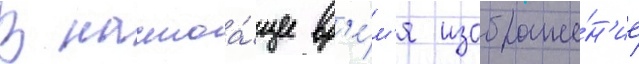
В настоа́щее вр'е́м'я изображе́н'ие